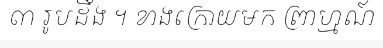
៣ រូបដឹង ។ ខាងក្រោយមក ព្រាហ្មណ៍